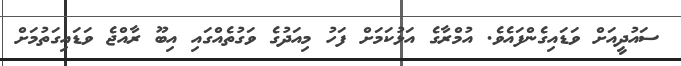
ސައުދީއަށް ވަޑައިގެންފައެވެ. އުމްރާގެ އަޅުކަމަށް ފަހު މިއަދުގެ ވަގުތެއްގައި އިބޫ ރާއްޖެ ވަޑައިގަތުމަށް